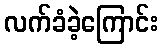
လက်ခံခဲ့ကြောင်း